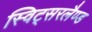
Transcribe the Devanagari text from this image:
स्विट्सरलैण्ड